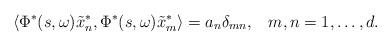
LaTeX: \begin{align*} \langle \Phi^*(s, \omega) \tilde x_n^*, \Phi^*(s, \omega) \tilde x_m^* \rangle = a_n\delta_{mn},\;\;\; m,n= 1,\ldots,d.\end{align*}